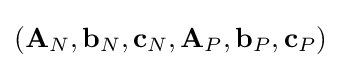
({\textbf {A}}_{N},{\textbf {b}}_{N},{\textbf {c}}_{N},{\textbf {A}}_{P},{\textbf {b}}_{P},{\textbf {c}}_{P})